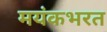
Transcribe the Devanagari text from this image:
मयंकभरत